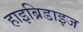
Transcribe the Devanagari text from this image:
हाइब्रिडाइज